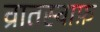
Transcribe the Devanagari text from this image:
व्रातस्वाफ़